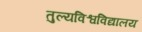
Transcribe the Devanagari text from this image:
तुल्यविश्वविद्यालय